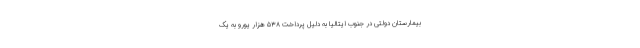
بیمارستان دولتی در جنوب ایتالیا به دلیل پرداخت ۵۳۸ هزار یورو به یک